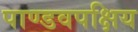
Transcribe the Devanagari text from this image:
पाण्डवपक्षिय